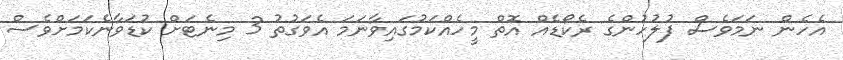
އެހެން ނަމަވެސް ފުލުހުންގެ ރެކޯޑެއް އޮތް މީހެއްކަމުގައިވާނަމަ އެވަގުތު 3 މިނެޓަށް ކުޑަވާނެކަމަށްވެސް